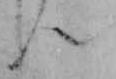
ん